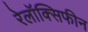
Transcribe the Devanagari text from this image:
रेलॉक्सिफीन